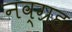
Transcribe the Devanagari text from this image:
नव्ग्रह